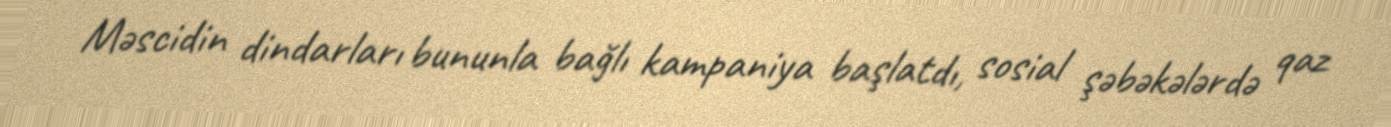
Məscidin dindarları bununla bağlı kampaniya başlatdı, sosial şəbəkələrdə qaz